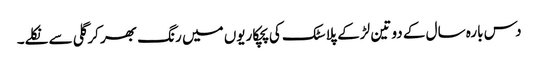
دس بارہ سال کے دو تین لڑکے پلاسٹک کی پچکاریوں میں رنگ بھر کر گلی سے نکلے۔